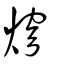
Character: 焪